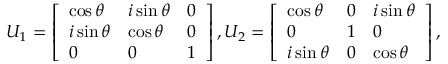
U _ { 1 } = \left[ \begin{array} { l l l } { \cos \theta } & { i \sin \theta } & { 0 } \\ { i \sin \theta } & { \cos \theta } & { 0 } \\ { 0 } & { 0 } & { 1 } \end{array} \right] , U _ { 2 } = \left[ \begin{array} { l l l } { \cos \theta } & { 0 } & { i \sin \theta } \\ { 0 } & { 1 } & { 0 } \\ { i \sin \theta } & { 0 } & { \cos \theta } \end{array} \right] ,